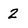
Character: 2